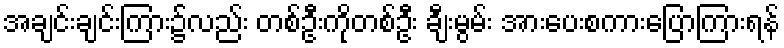
အချင်းချင်းကြား၌လည်း တစ်ဦးကိုတစ်ဦး ချီးမွမ်း အားပေးစကားပြောကြားရန်